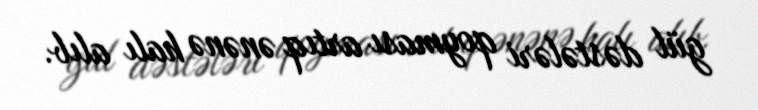
gül dəstələri qoyması artıq ənənə halı alıb.